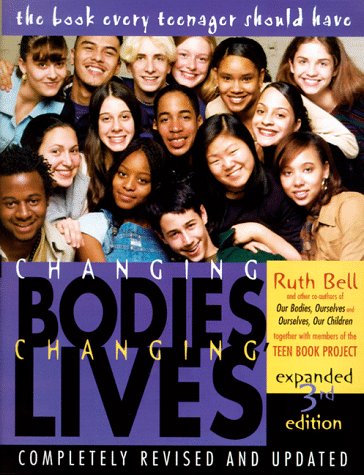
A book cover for Changing Bodies, Changing Lives: Expanded Third Edition: A Book for Teens on Sex and Relationships; Ruth Bell; Parenting & Relationships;